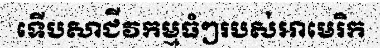
ទើបសាជីវកម្មធំៗរបស់អាមេរិក